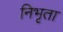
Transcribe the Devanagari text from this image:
निभृता